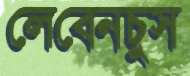
লেবেনচুস